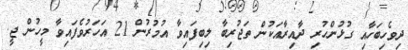
ދިވެހިބަހާއި ގުޅުންހުރި ދާއިރާއަކުން ތަޖުރިބާ ލިބިފައިވާ އުމުރުން 21 އަހަރުވެފައިވާ މީހުން ޖީ.